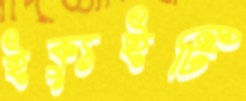
ইক্যুইটি